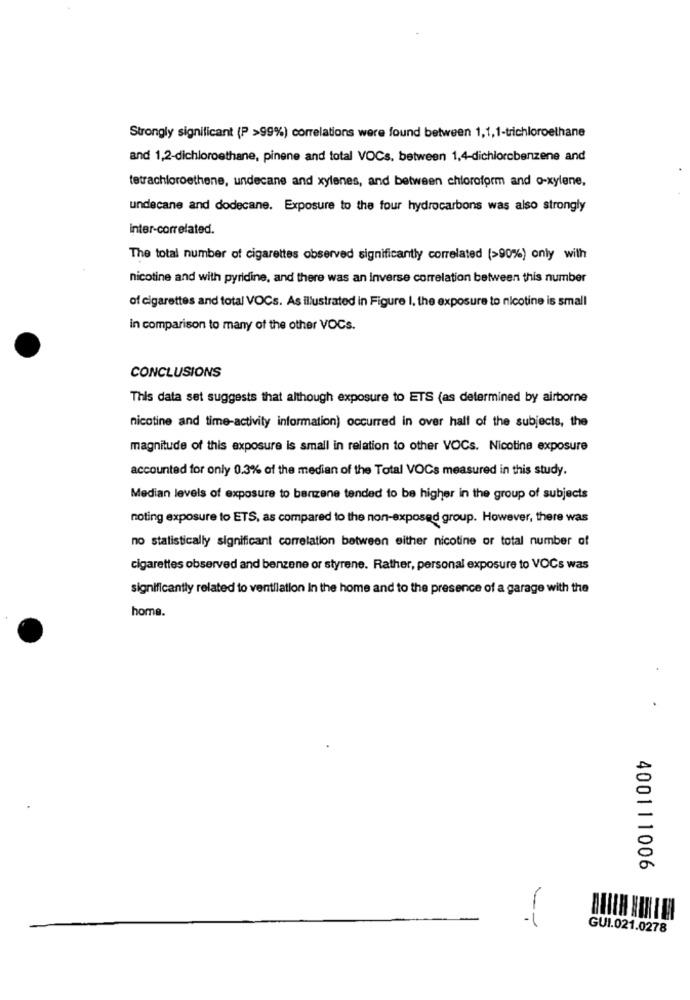
Strongly significant (P >99%) correlations were found between 1,1,1-trichloroelhane
and 1,2-dichloroethane, pinene and total VOCs, between 1,4-dichlorobenzene and
tetrachloroethene, undecane and xylenes, and between chloroform and o-xylene,
undecane and dodecane. Exposure to the four hydrocarbons was also strongly
inter-correlated.
The total number of cigarettes observed significantly correlated (>90%) only with
nicotine and with pyridine, and there was an Inverse correlation between this number
of cigarettes and total VOCs. As illustrated in Figure I, the exposure to nicotine is small
in comparison to many of the other VOCs.
CONCLUSIONS
This data set suggests that although exposure to ETS (as determined by airborne
nicotine and time-activity information) occurred in over hall of the subjects, the
magnitude of this exposure is small in relation to other VOCs. Nicotine exposure
accounted for only 0.3% of the median of the Total VOCs measured in this study.
Median levels of exposure to benzene tended to be higher in the group of subjects
noting exposure to ETS, as compared to the non-exposed group. However, there was
no statistically significant correlation between either nicotine or total number of
cigarettes observed and benzene or styrene. Rather, personal exposure to VOCs was
significantly related to ventilation in the home and to the presence of a garage with the
home.
400111006
-
GUI.021.0278